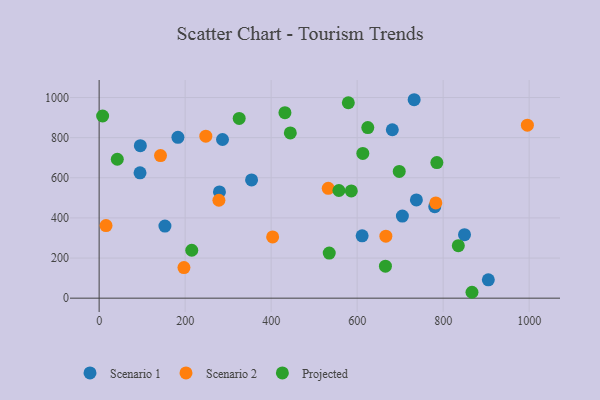
{"axis": {"x": "Price", "y": "Fuel Efficiency"}, "legend": ["Projected", "Scenario 1", "Scenario 2"], "data": [{"x": "183.2", "y": 801.5, "type": "Scenario 1"}, {"x": "279.8", "y": 529.6, "type": "Scenario 1"}, {"x": "153.0", "y": 359.3, "type": "Scenario 1"}, {"x": "780.5", "y": 455.9, "type": "Scenario 1"}, {"x": "905.1", "y": 91.4, "type": "Scenario 1"}, {"x": "849.7", "y": 316.6, "type": "Scenario 1"}, {"x": "286.9", "y": 790.7, "type": "Scenario 1"}, {"x": "354.5", "y": 589.3, "type": "Scenario 1"}, {"x": "681.8", "y": 839.4, "type": "Scenario 1"}, {"x": "611.6", "y": 310.7, "type": "Scenario 1"}, {"x": "705.2", "y": 409.2, "type": "Scenario 1"}, {"x": "737.8", "y": 489.7, "type": "Scenario 1"}, {"x": "95.1", "y": 624.5, "type": "Scenario 1"}, {"x": "95.8", "y": 760.0, "type": "Scenario 1"}, {"x": "732.6", "y": 989.0, "type": "Scenario 1"}, {"x": "532.8", "y": 547.3, "type": "Scenario 2"}, {"x": "16.0", "y": 362.0, "type": "Scenario 2"}, {"x": "278.5", "y": 487.9, "type": "Scenario 2"}, {"x": "783.0", "y": 474.9, "type": "Scenario 2"}, {"x": "403.5", "y": 305.2, "type": "Scenario 2"}, {"x": "142.7", "y": 710.8, "type": "Scenario 2"}, {"x": "666.8", "y": 309.2, "type": "Scenario 2"}, {"x": "248.1", "y": 807.4, "type": "Scenario 2"}, {"x": "197.2", "y": 152.6, "type": "Scenario 2"}, {"x": "995.9", "y": 862.1, "type": "Scenario 2"}, {"x": "835.3", "y": 261.4, "type": "Projected"}, {"x": "432.1", "y": 924.3, "type": "Projected"}, {"x": "613.2", "y": 721.2, "type": "Projected"}, {"x": "579.5", "y": 974.0, "type": "Projected"}, {"x": "785.4", "y": 675.8, "type": "Projected"}, {"x": "535.1", "y": 225.0, "type": "Projected"}, {"x": "8.1", "y": 907.9, "type": "Projected"}, {"x": "624.8", "y": 850.1, "type": "Projected"}, {"x": "557.6", "y": 536.7, "type": "Projected"}, {"x": "325.7", "y": 895.8, "type": "Projected"}, {"x": "867.1", "y": 29.4, "type": "Projected"}, {"x": "42.2", "y": 692.4, "type": "Projected"}, {"x": "665.8", "y": 159.5, "type": "Projected"}, {"x": "697.9", "y": 631.5, "type": "Projected"}, {"x": "215.4", "y": 238.8, "type": "Projected"}, {"x": "586.4", "y": 534.6, "type": "Projected"}, {"x": "444.6", "y": 823.3, "type": "Projected"}]}